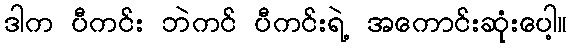
ဒါက ပီကင်း ဘဲကင် ပီကင်းရဲ့ အကောင်းဆုံးပေါ့။